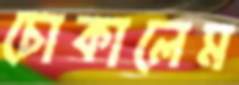
চোকালেম